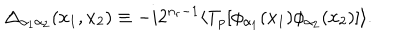
LaTeX: \Delta _ { \alpha _ { 1 } \alpha _ { 2 } } ( x _ { 1 } , x _ { 2 } ) \equiv - i 2 ^ { n _ { r } - 1 } \langle T _ { p } [ \phi _ { \alpha _ { 1 } } ( x _ { 1 } ) \phi _ { \alpha _ { 2 } } ( x _ { 2 } ) ] \rangle .